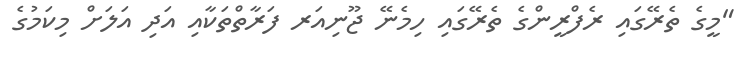
"މީގެ ތެރޭގައި ރެފްރީންގެ ތެރޭގައި ހިމެނޭ ޖޫނިއަރ ފަރާތްތަކާއި އަދި އަލަށް މިކަމުގެ